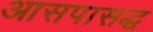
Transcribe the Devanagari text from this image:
आसपासद्ध